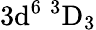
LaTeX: \mathrm{3d^{6}\ ^{3}D_{3}}